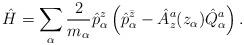
LaTeX: \begin{align*}\hat{H} = \sum_\alpha {2\over m_\alpha}\hat p^z_\alpha \left(\hat p^{\bar z}_\alpha - \hat A^a_z (z_\alpha) \hat Q^a_\alpha\right).\end{align*}